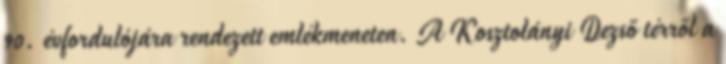
90. évfordulójára rendezett emlékmeneten. A Kosztolányi Dezső térről a